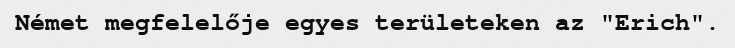
Német megfelelője egyes területeken az "Erich".